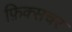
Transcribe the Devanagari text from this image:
फ़िक्सचर